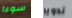
سوءا تدوير